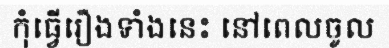
កុំធ្វើរឿងទាំងនេះ នៅពេលចូល